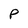
Character: P